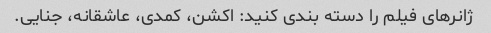
ژانرهای فیلم را دسته بندی کنید: اکشن، کمدی، عاشقانه، جنایی.